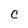
Character: C